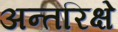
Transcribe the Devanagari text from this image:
अन्तरिक्षे